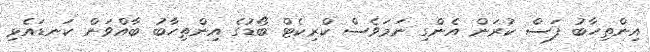
އިންތިހާބު ފަސް ކުރަން އެންގި ނަމަވެސް ކްރިކެޓް ބޯޑުގެ އިންތިހާބު ބާއްވަން ކަނޑައެޅި